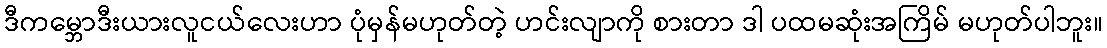
ဒီကမ္ဘောဒီးယားလူငယ်လေးဟာ ပုံမှန်မဟုတ်တဲ့ ဟင်းလျာကို စားတာ ဒါ ပထမဆုံးအကြိမ် မဟုတ်ပါဘူး။